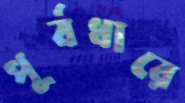
পূর্বধারে